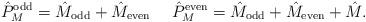
LaTeX: \begin{align*}\hat{P}_M^{\rm odd}=\hat{M}_{\rm odd}+\hat{M}_{\rm even}~~~~\hat{P}_M^{\rm even}=\hat{M}_{\rm odd}+\hat{M}_{\rm even}+\hat{M}.\end{align*}